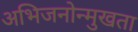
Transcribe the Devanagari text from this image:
अभिजनोन्मुखता